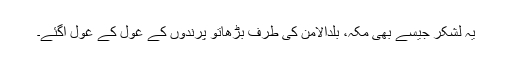
یہ لشکر جیسے بھی مکہ، بلدالامن کی طرف بڑھاتو پرندوں کے غول کے غول آگئے۔